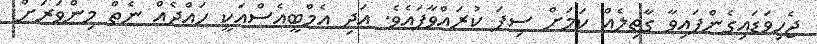
ޖެހިވަޑައިގެންފައިވާ ގާތިލެއް ކަމަށް ސިފަ ކުރައްވާފައެވެ. އަދި އެމްބީއެސްއަކީ ހައްދެއް ނެތް މިންވަރަށް